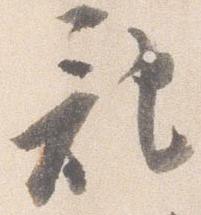
記